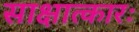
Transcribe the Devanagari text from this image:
साक्षात्कारः